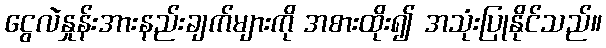
ငွေလဲနှုန်းအားနည်းချက်များကို အစားထိုး၍ အသုံးပြုနိုင်သည်။